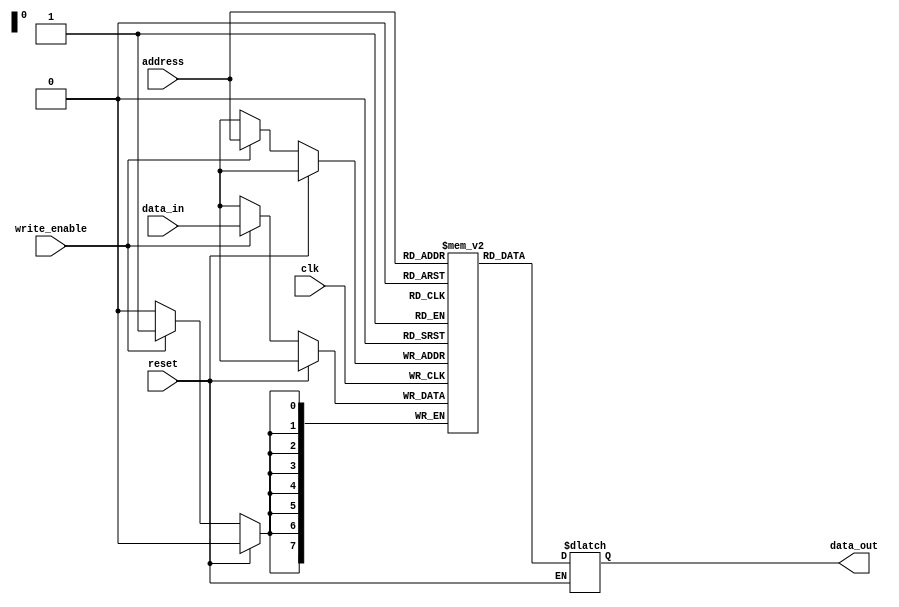
module NVRAM (
    input wire clk,
    input wire reset,
    input wire write_enable,
    input wire [7:0] address,
    input wire [7:0] data_in,
    output reg [7:0] data_out
);

reg [7:0] memory [0:255]; // Memory block with 256 bytes
reg [7:0] memory_address;
reg [7:0] memory_data;

always @(posedge clk) begin
    if (reset) begin
        memory_address <= 8'b00000000;
        memory_data <= 8'b00000000;
    end else if (write_enable) begin
        memory[address] <= data_in;
    end
end

always @* begin
    if (!reset) begin
        data_out = memory[address];
    end
end

endmodule